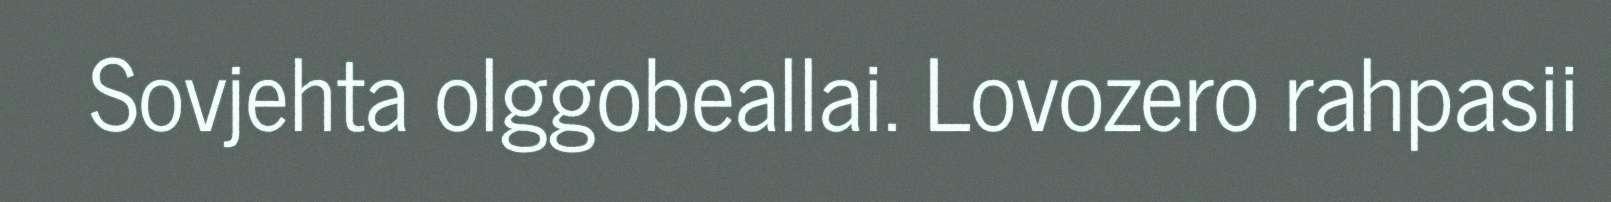
Sovjehta olggobeallai. Lovozero rahpasii